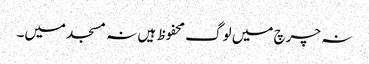
نہ چرچ میں لوگ محفوظ ہیں نہ مسجد میں۔